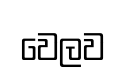
වෙලව